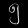
Digit: ၅